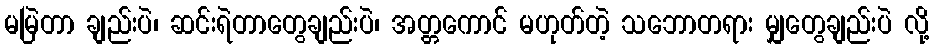
မမြဲတာ ချည်းပဲ၊ ဆင်းရဲတာတွေချည်းပဲ၊ အတ္တကောင် မဟုတ်တဲ့ သဘောတရား မျှတွေချည်းပဲ လို့